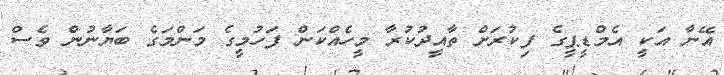
އޭނާ އަކީ އެމްޑީޕީގެ ފިކުރަށް ތާއީދުކުރާ މީހެއްކަން ފަހުމީގެ މަންމަގެ ބަޔާނުން ވެސް